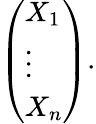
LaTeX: {\left(\begin{array}{l}{X_{1}}\\ {\vdots}\\ {X_{n}}\end{array}\right)}.